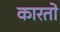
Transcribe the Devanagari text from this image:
कारतो